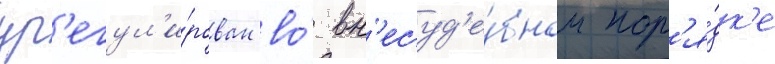
ур'егул'и́рован во́ вн'есуд'е́бном пор'я́дк'е